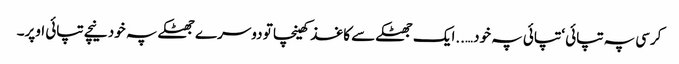
کرسی پہ تپائی ‘ تپائی پہ خود…..ایک جھٹکے سے کاغذ کھینچا تو دوسرے جھٹکے پہ خود نیچے تپائی اوپر۔